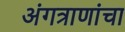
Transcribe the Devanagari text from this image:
अंगत्राणांचा